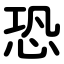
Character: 恐